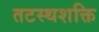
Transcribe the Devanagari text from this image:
तटस्थशक्ति